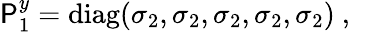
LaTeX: \mathsf{P}_{1}^{y}=\mathrm{{diag}}(\sigma_{2},\sigma_{2},\sigma_{2},\sigma_{2},\sigma_{2})~,~\,